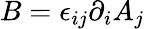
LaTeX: B=\epsilon_{ij}\partial_{i}A_{j}